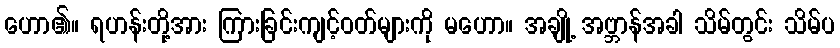
ဟော၏။ ရဟန်းတို့အား ကြားခြင်းကျင့်ဝတ်များကို မဟော။ အချို့ အဗ္ဘာန်အခါ သိမ်တွင်း သိမ်ပ